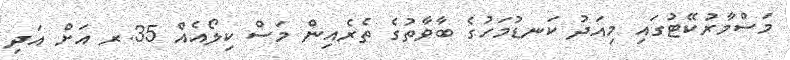
މަސްމާރުކޭޓުގައި މިއަދު ކަނޑުމަހުގެ ބާވާތުގެ ތެރެއިން މަސް ކިލޯއެއް 35.ރ އަށް އަދި